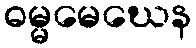
ဓမ္မမေဃေန